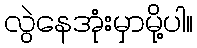
လွဲနေအုံးမှာမို့ပါ။